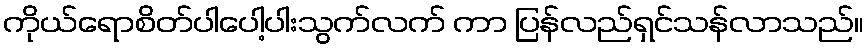
ကိုယ်ရောစိတ်ပါပေါ့ပါးသွက်လက် ကာ ပြန်လည်ရှင်သန်လာသည်။